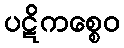
ပဋိကစ္စေဝ